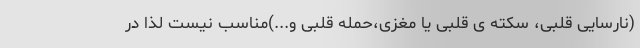
(نارسایی قلبی، سکته ی قلبی یا مغزی،حمله قلبی و...)مناسب نیست لذا در